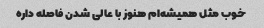
خوب مثل همیشه‌ام هنوز با عالی شدن فاصله داره